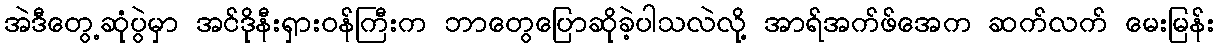
အဲဒီတွေ့ဆုံပွဲမှာ အင်ဒိုနီးရှားဝန်ကြီးက ဘာတွေပြောဆိုခဲ့ပါသလဲလို့ အာရ်အက်ဖ်အေက ဆက်လက် မေးမြန်း